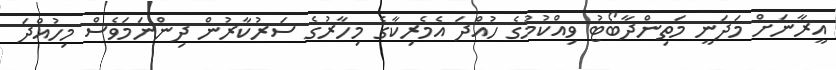
އީރާނަށް މަދަނީ މަތިންދާބޯޓު ވިއްކުމުގެ ހުއްދަ އެމެރިކާގެ މިހާރުގެ ސަރުކާރުން ދިންނަމަވެސް މިހުއްދަ